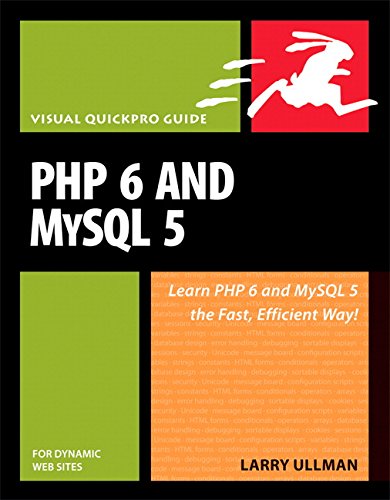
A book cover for PHP 6 and MySQL 5 for Dynamic Web Sites: Visual QuickPro Guide; Larry Ullman; Computers & Technology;